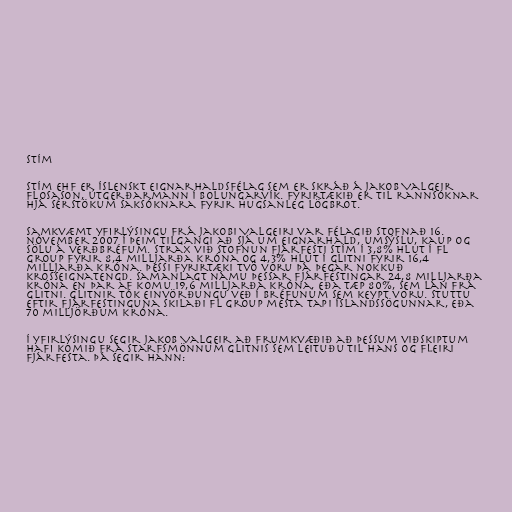
Stím

Stím ehf er íslenskt eignarhaldsfélag sem er skráð á Jakob Valgeir
Flosason, útgerðarmann í Bolungarvík. Fyrirtækið er til rannsóknar
hjá sérstökum saksóknara fyrir hugsanleg lögbrot.

Samkvæmt yfirlýsingu frá Jakobi Valgeiri var félagið stofnað 16.
nóvember 2007 í þeim tilgangi að sjá um eignarhald, umsýslu, kaup og
sölu á verðbréfum. Strax við stofnun fjárfesti Stím í 3,8% hlut í FL
Group fyrir 8,4 milljarða króna og 4,3% hlut í Glitni fyrir 16,4
milljarða króna. Þessi fyrirtæki tvö voru þá þegar nokkuð
krosseignatengd. Samanlagt námu þessar fjárfestingar 24,8 milljarða
króna en þar af komu 19,6 milljarða króna, eða tæp 80%, sem lán frá
Glitni. Glitnir tók einvörðungu veð í bréfunum sem keypt voru. Stuttu
eftir fjárfestinguna skilaði FL Group mesta tapi Íslandssögunnar, eða
70 milljörðum króna.

Í yfirlýsingu segir Jakob Valgeir að frumkvæðið að þessum viðskiptum
hafi komið frá starfsmönnum Glitnis sem leituðu til hans og fleiri
fjárfesta. Þá segir hann: